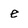
Character: e